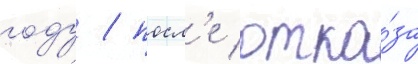
году / посл'е отка́за